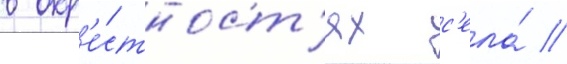
в окр'е́стност'ях с'ела́ /